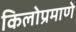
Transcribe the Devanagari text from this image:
किलोप्रमाणे